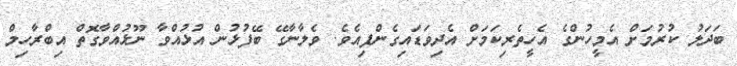
ބަދަލު ކުރުމަށް އެމީހުންގެ އެހީތެރިކަމަށް އެދިވަޑައިގެންފިއެވެ. ވެލާނާގޭ ބޭފުޅުން އުޅުއްވާ ނޫޅުއްވާގޮތް އިބްރާހިމް